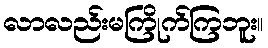
လာလည်းမကြိုက်ကြဘူး။